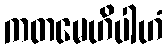
ကတမေဟိပါဟံ